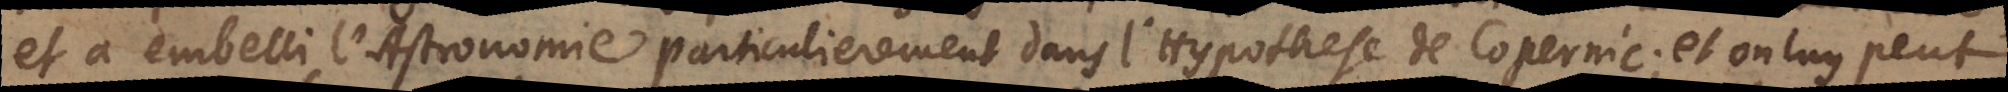
et a embelli l’Astronomie particulierement le systeme dans l’Hypothese de Copernic; et on luy peut